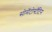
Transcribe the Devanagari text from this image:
सोमॅटोस्टॅटिन